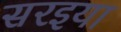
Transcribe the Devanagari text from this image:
सरइया